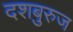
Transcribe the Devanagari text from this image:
दशबुरुज